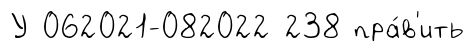
У 062021-082022 238 пра́в'ить